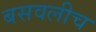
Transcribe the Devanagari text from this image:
बसवलीच